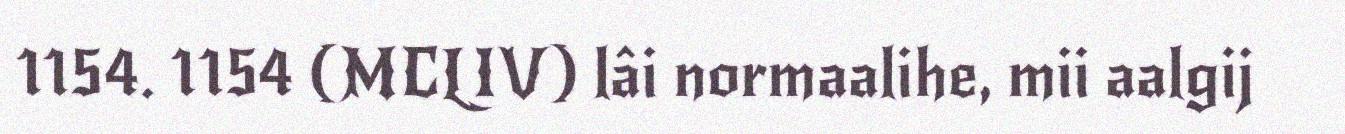
1154. 1154 (MCLIV) lâi normaalihe, mii aalgij